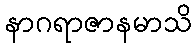
နာဂရာဇာနမာသိ